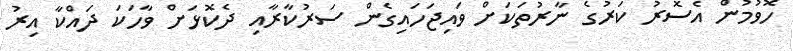
ހޮވުމުން އެސޮރު ކަރުގެ ނާރުތަކަށް ވައިޖަހައިގެން ސަރުކާރާއި ދެކޮޅަށް ވާހަކަ ދައްކާ އިރު